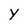
Character: y